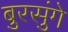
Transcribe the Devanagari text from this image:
बुरसुंगे